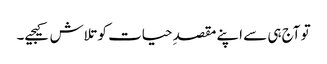
تو آج ہی سے اپنے مقصدِ حیات کو تلاش کیجیے۔